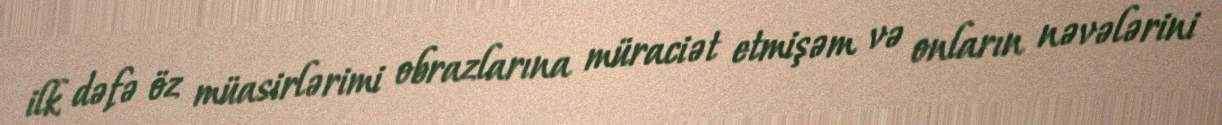
ilk dəfə öz müasirlərimi obrazlarına müraciət etmişəm və onların nəvələrini